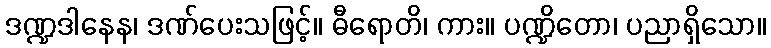
ဒဏ္ဍဒါနေန၊ ဒဏ်ပေးသဖြင့်။ ဓီရောတိ၊ ကား။ ပဏ္ဍိတော၊ ပညာရှိသော။